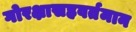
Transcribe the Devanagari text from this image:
गोरक्षासहवर्तमान